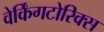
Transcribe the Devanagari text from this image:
वेर्किंगटोरिक्स